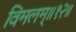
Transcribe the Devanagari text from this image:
विमलम्॥१२॥